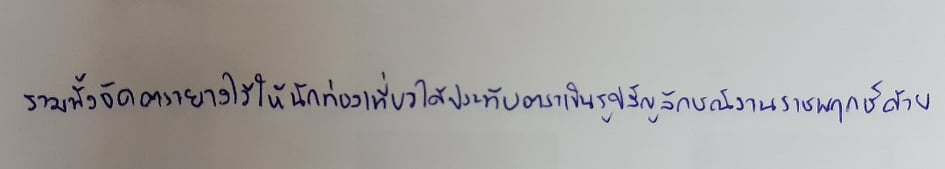
รวมทั้งจัดตรายางไว้ให้นักท่องเที่ยวได้ประทับตราเป็นรูปสัญลักษณ์งานราชพฤกษ์ด้วย